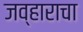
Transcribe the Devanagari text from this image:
जव्हाराचा